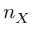
n _ { X }